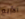
الأربع